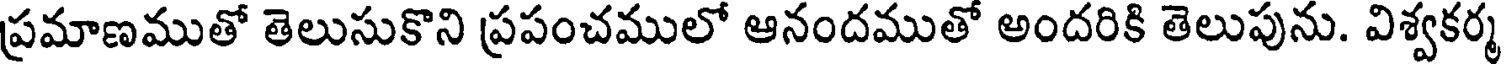
ప్రమాణముతో తెలుసుకొని ప్రపంచములో ఆనందముతో అందరికి తెలుపును. విశ్వకర్మ